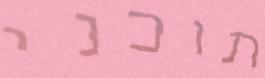
תוכני